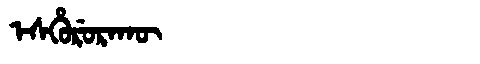
Manchu: ᡝᠰᡥᡠᡵᡠᡵᠠᡴᡡ
Romanization: ESHURURAKŪ